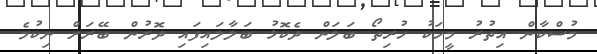
މުސްކާން އިތުރު މީހަކު ހުރިތޯ ބަލަން ދެކޮޅު ބަލާލައިފައި ދޮރުން ބޭރަށް ނިކުމެ